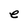
Character: e